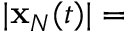
| { \bf x } _ { N } ( t ) | =